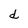
Character: d